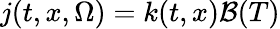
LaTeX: j(t,x,\Omega)=k(t,x)\mathcal{B}(T)